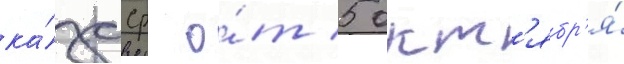
ка́зсср о́т 5 окт'ябр'я́